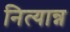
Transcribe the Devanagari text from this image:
नित्यान्न